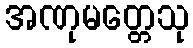
အဏုမတ္တေသု